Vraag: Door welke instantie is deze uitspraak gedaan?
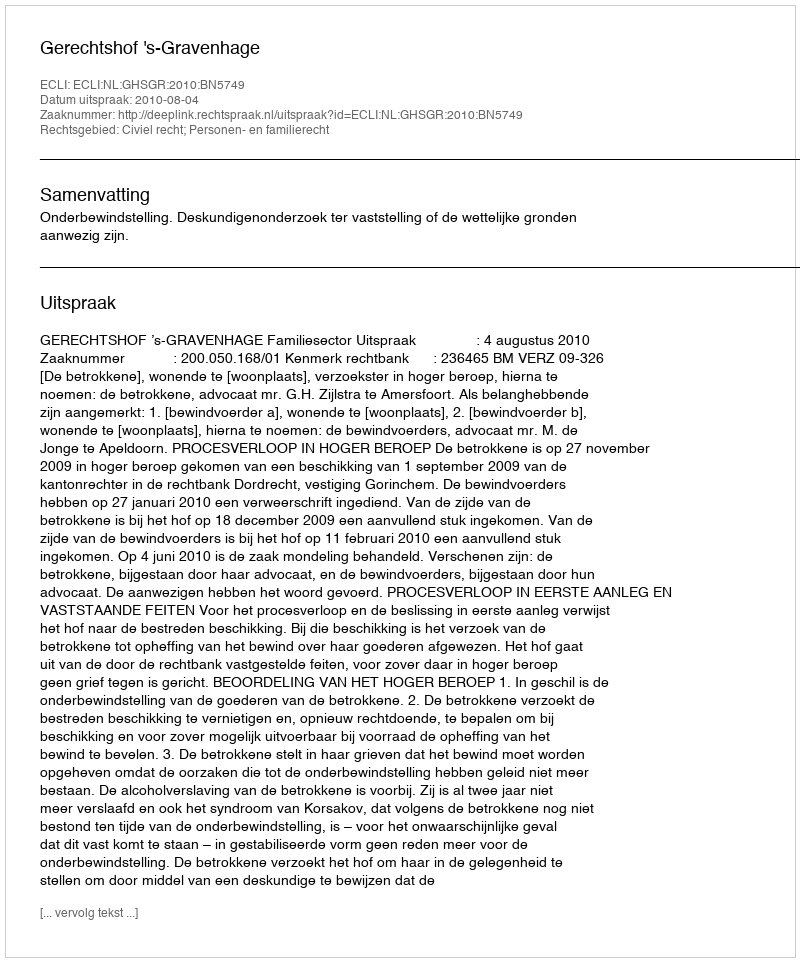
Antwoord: Gerechtshof 's-Gravenhage